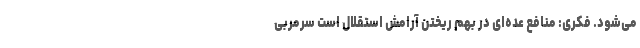
می‌شود. فکری: منافع عده‌ای در بهم ریختن آرامش استقلال است سرمربی